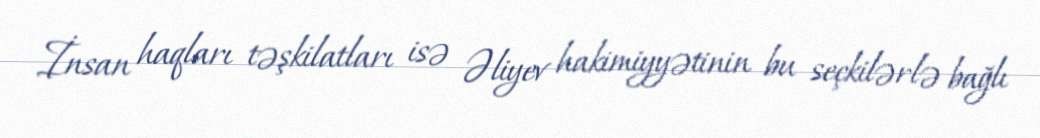
İnsan haqları təşkilatları isə Əliyev hakimiyyətinin bu seçkilərlə bağlı